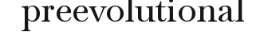
preevolutional